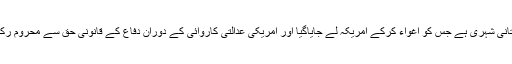
ماہرتعلیم ڈاکٹر عافیہ پاکستان کی ایک بے گناہ پاکستانی شہری ہے جس کو اغواء کرکے امریکہ لے جایاگیا اور امریکی عدالتی کاروائی کے دوران دفاع کے قانونی حق سے محروم رکھ کراپنوں کے اشارے پر ۸۶ سال کی سزا دی گئی ۔